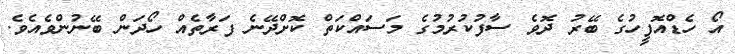
އޯ ހެޑްއޮފީހުގެ ބޭރު ދޮވެ ސާފުކުރުމުގެ މަސައްކަތް ކޮށްދޭނެ ފަރާތެއް ހޯދަން ބޭނުންވެއެވެ.